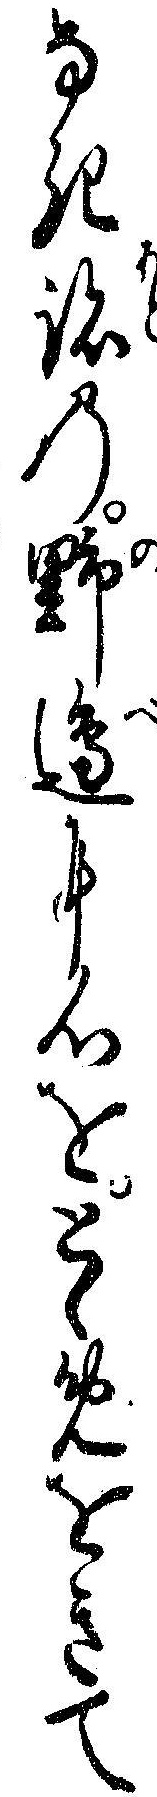
なき跡の野辺に心をとゝめをきて